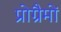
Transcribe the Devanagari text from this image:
प्रोग्रैमों